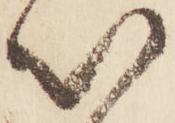
以